38_143685_box7_Incident_Summaries_1-100
Agency: Department of War
Page 132
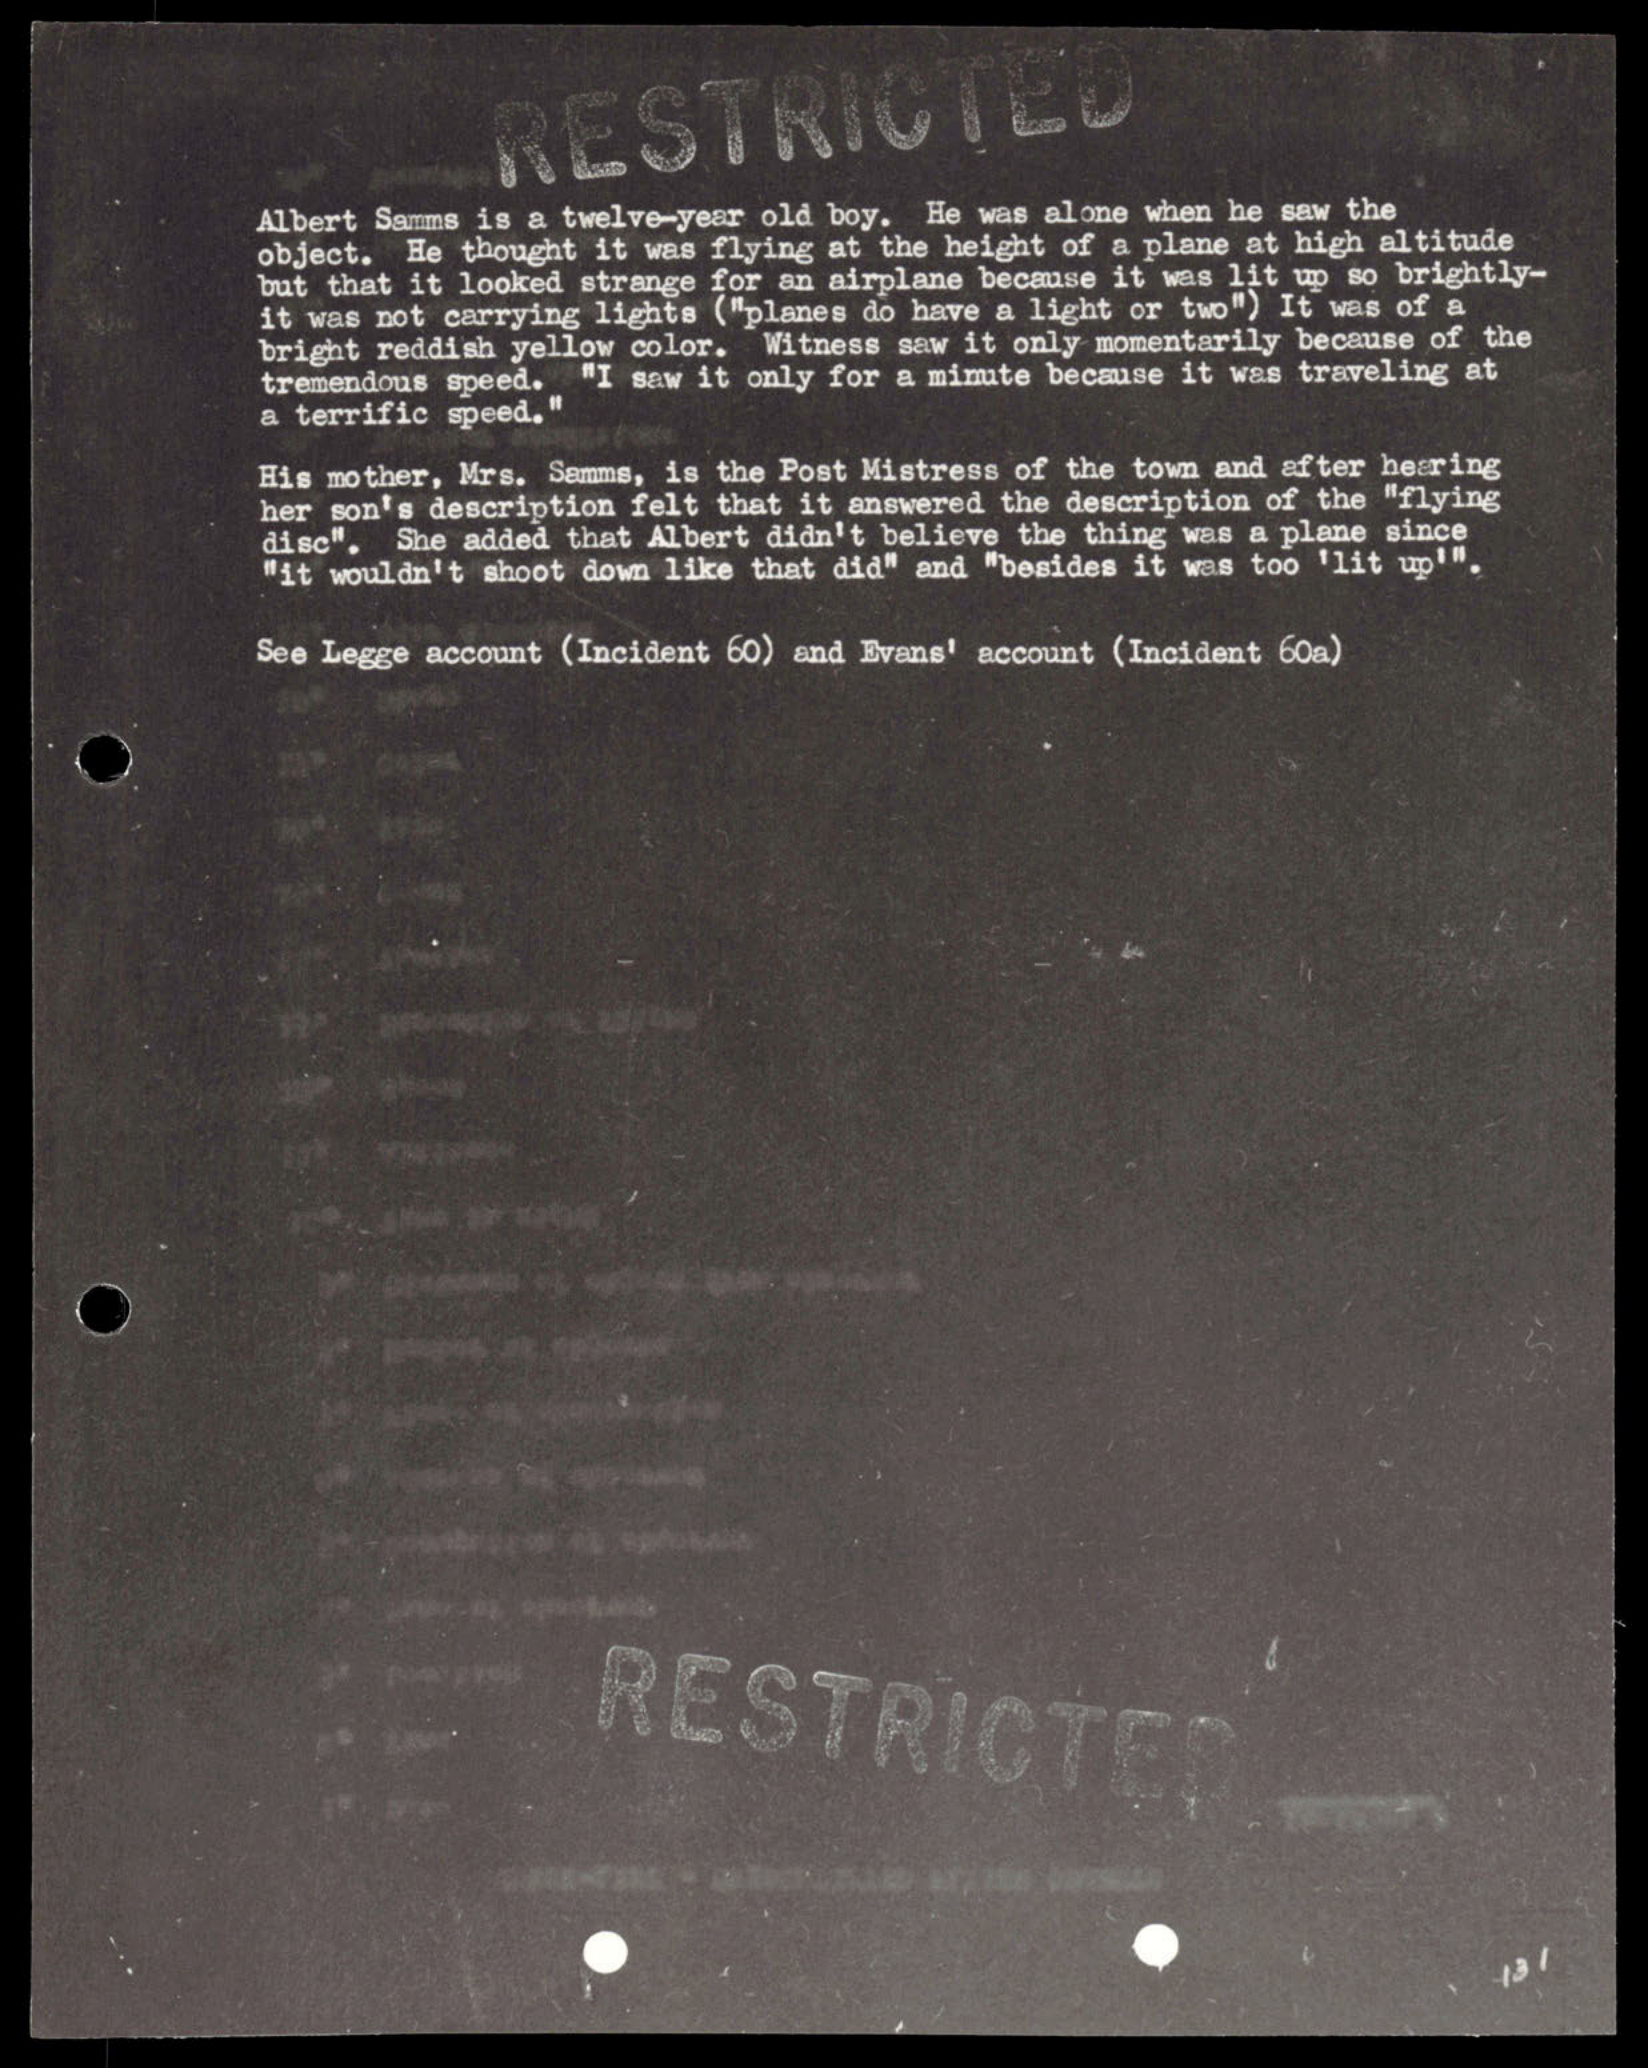